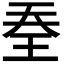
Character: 𭸽